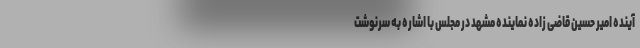
آینده امیر حسین قاضی زاده نماینده مشهد در مجلس با اشاره به سرنوشت